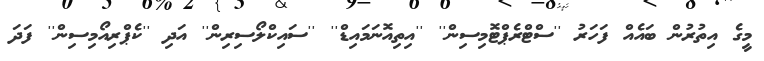
މީގެ އިތުރުން ބައެއް ފަހަރު ''ސްޓްރެޕްޓޮމިސިން'' ''އިތިއޮނަމައިޑް'' ''ސައިކްލޯސިރިން'' އަދި ''ކެޕްރިއޯމިސިން'' ފަދަ